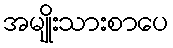
အမျိုးသားစာပေ